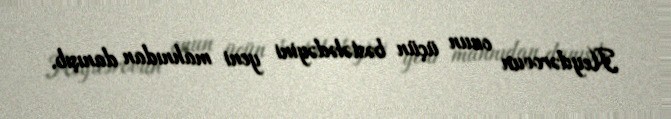
Heydərovun onun üçün bəstələdəyini yeni mahnıdan danışıb.